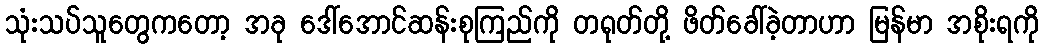
သုံးသပ်သူတွေကတော့ အခု ဒေါ်အောင်ဆန်းစုကြည်ကို တရုတ်တို့ ဖိတ်ခေါ်ခဲ့တာဟာ မြန်မာ အစိုးရကို